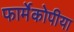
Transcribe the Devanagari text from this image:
फार्मेकोपीया